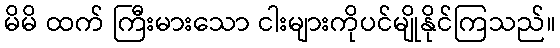
မိမိ ထက် ကြီးမားသော ငါးများကိုပင်မျိုနိုင်ကြသည်။